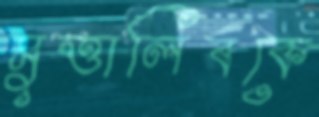
মুত্তালিবকে